65_HS1-834228961_62-HQ-83894_Section_8
Agency: FBI
Page 27
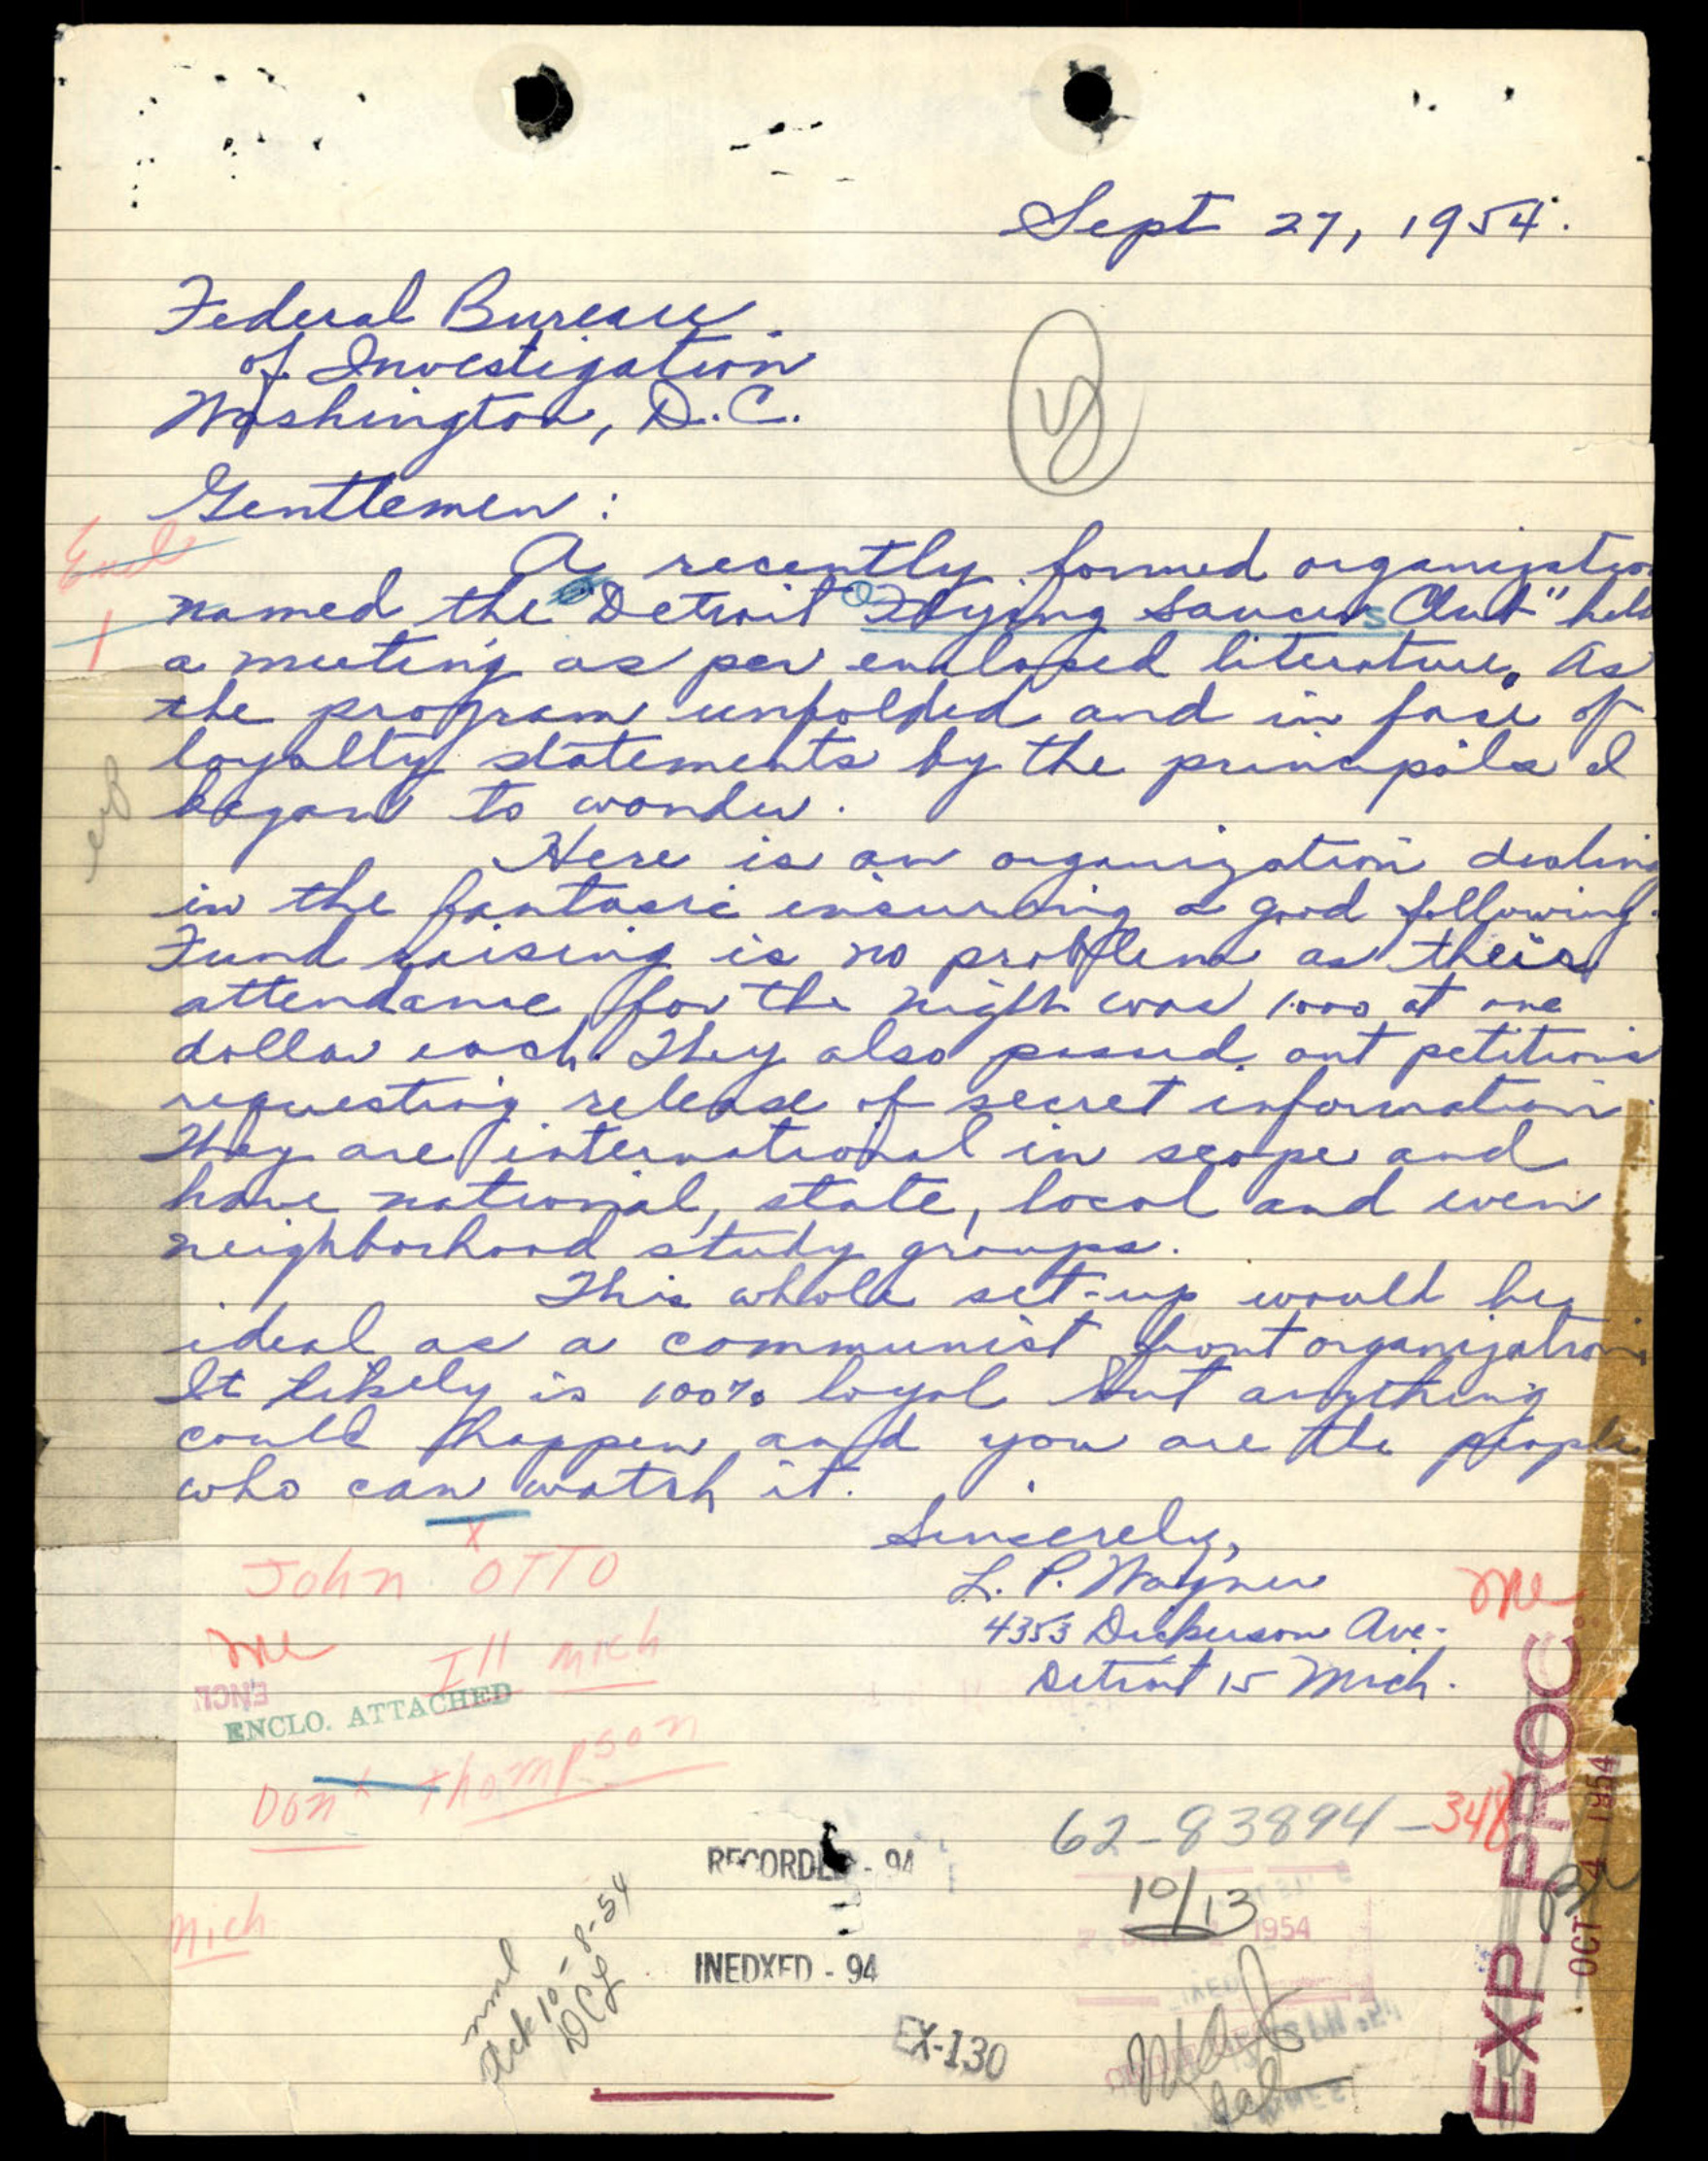